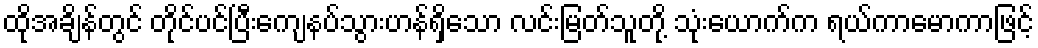
ထိုအချိန်တွင် တိုင်ပင်ပြီးကျေနပ်သွားဟန်ရှိသော လင်းမြတ်သူတို့ သုံးယောက်က ရယ်ကာမောကာဖြင့်